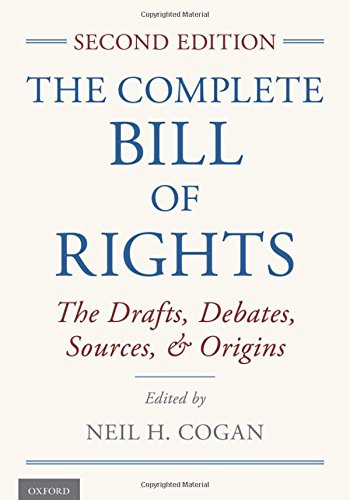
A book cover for The Complete Bill of Rights: The Drafts, Debates, Sources, and Origins; Neil H. Cogan; Law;